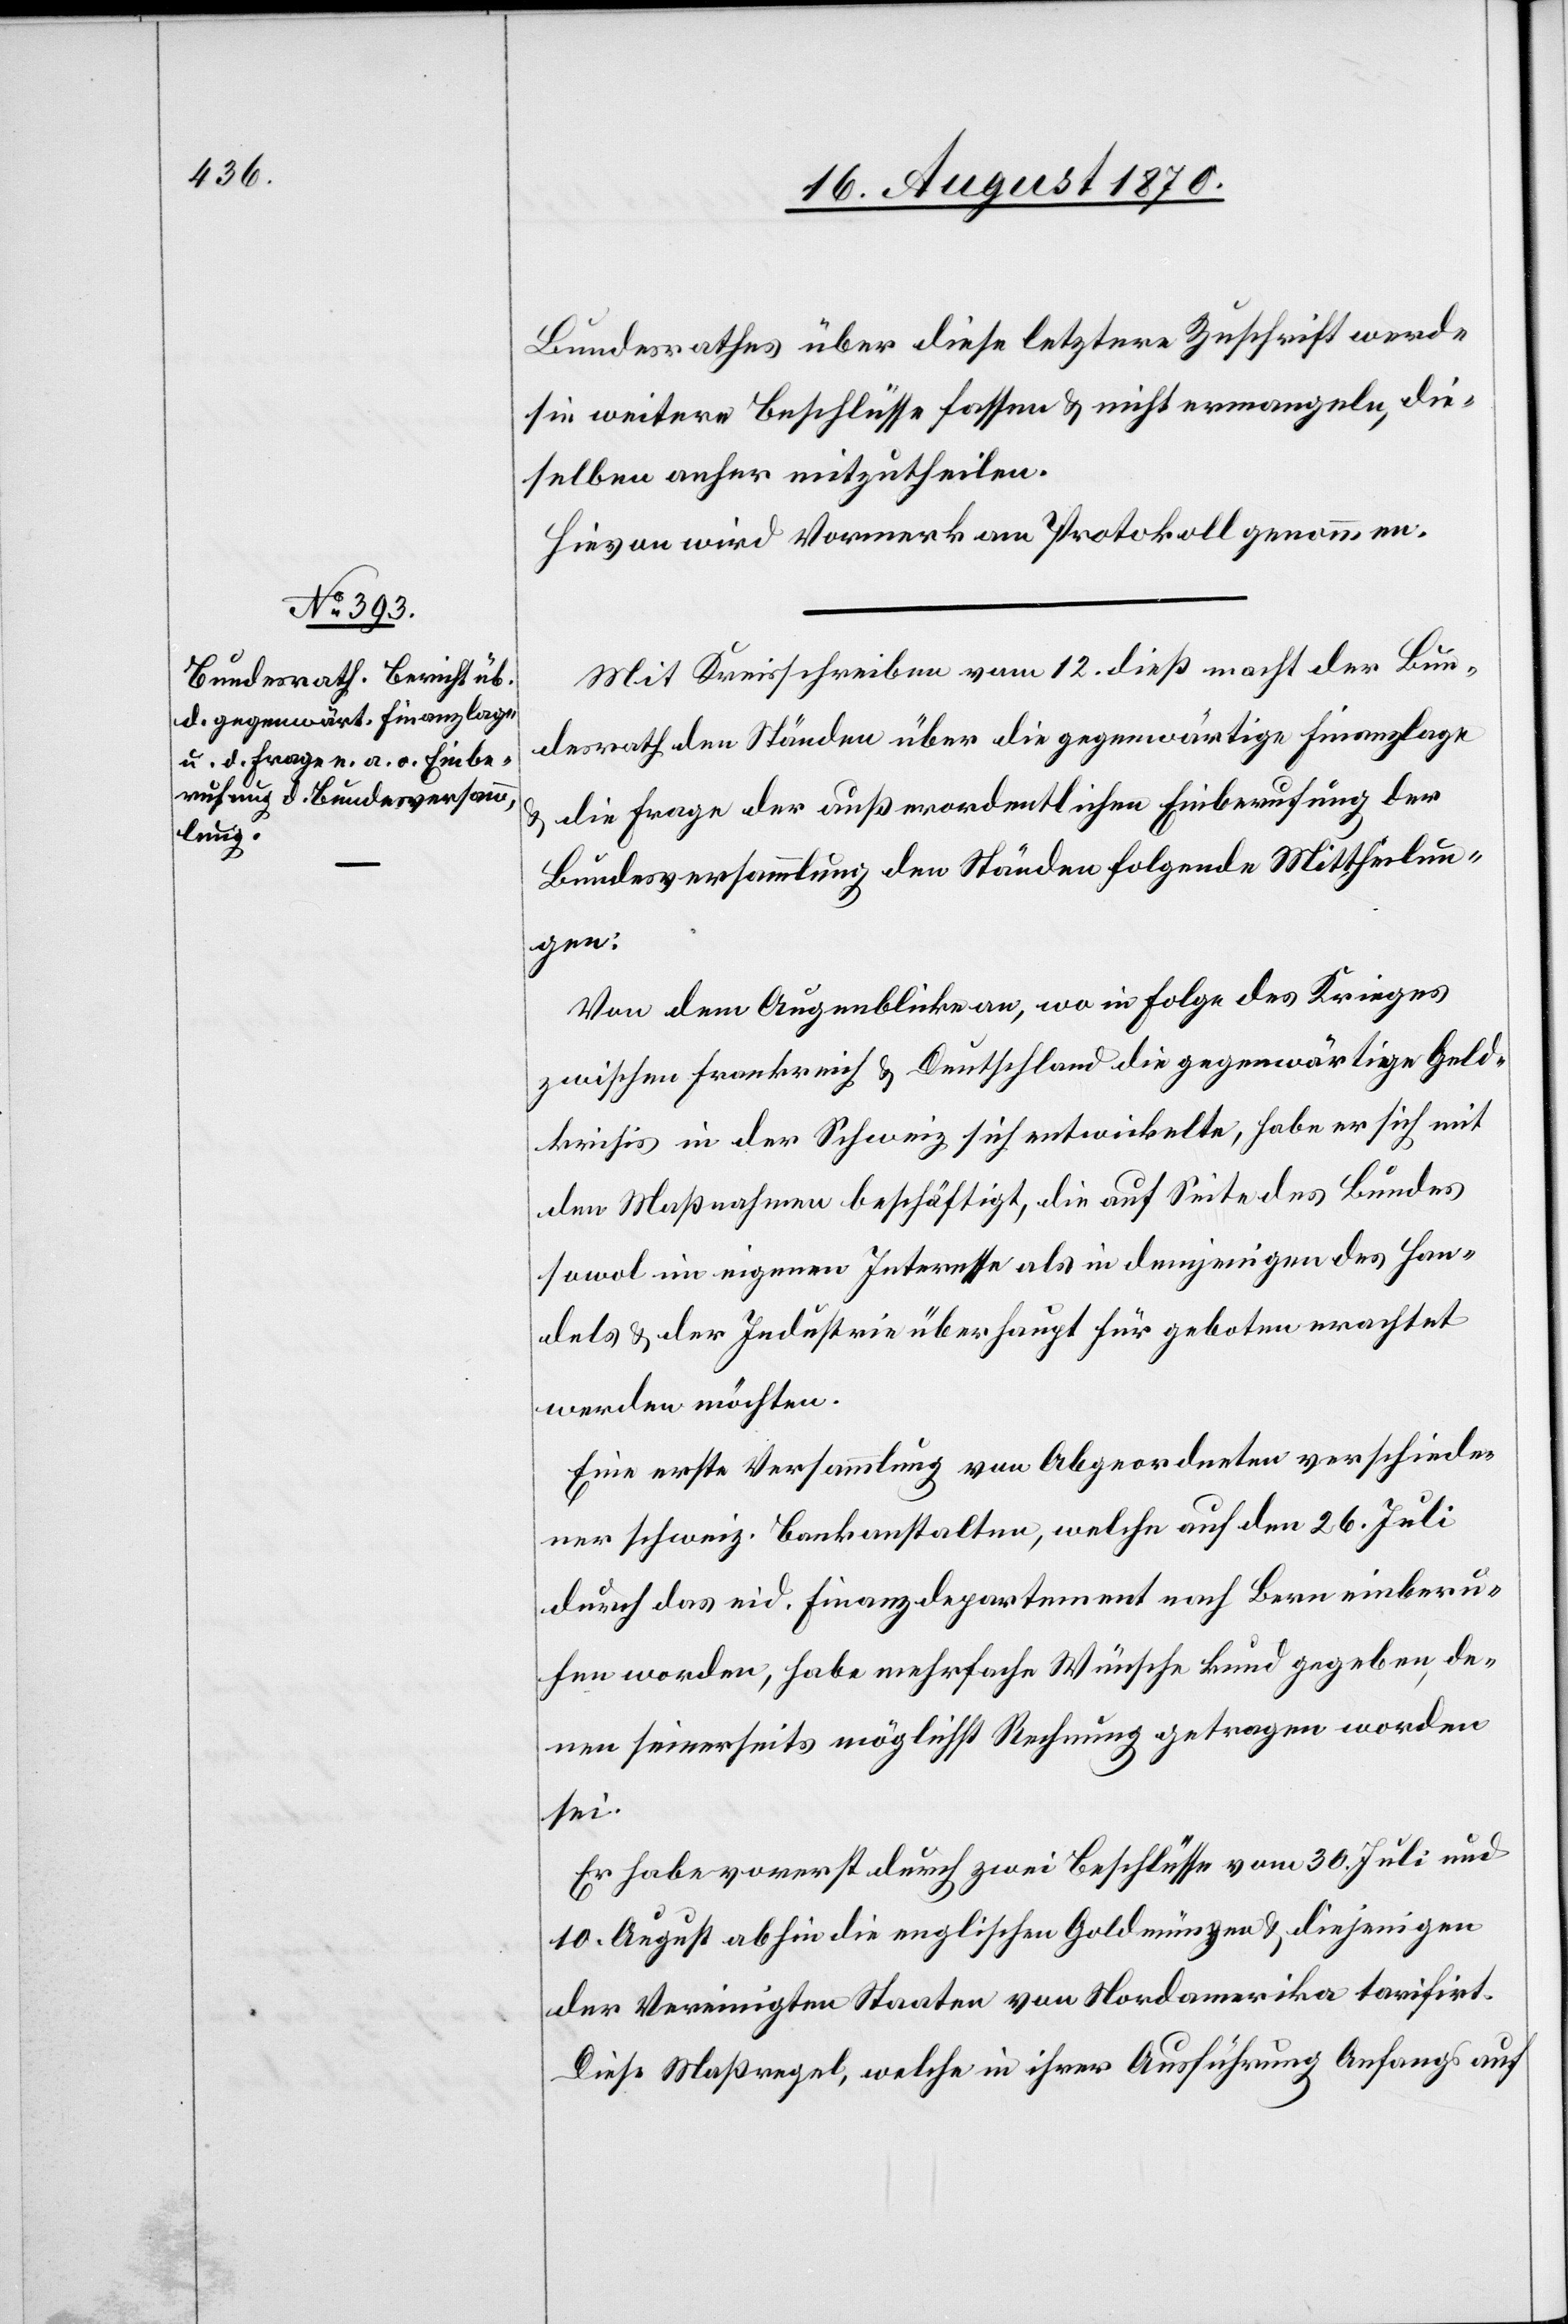
Bundesrathes über diese letztere Zuschrift werde
sie weitere Beschlüsse fassen & nicht ermangeln, die¬
selben anher mitzutheilen.
Hievon wird Vormerk am Protokoll genommen.
Mit Kreisschreiben vom 12. dieß macht der Bun¬
desrath den Ständen über die gegenwärtige Finanzlage
& die Frage der außerordentlichen Einberufung der
Bundesversammlung den Ständen [sic!] folgende Mittheilun¬
g:
Von dem Augenblicke an, wo in Folge des Krieges
zwischen Frankreich und Deutschland die gegenwärtige Geld¬
krisis in der Schweiz sich entwickelte, habe er sich mit
den Maßnahmen beschäftigt, die auf Seite des Bundes
sowol im eigenen Interesse als in demjenigen des Han¬
dels & der Industrie überhaupt für geboten erachtet
werden möchten.
Eine erste Versammlung von Abgeordneten verschiede¬
ner schweiz. Bankanstalten, welche auf den 26. Juli
durch das eid. Finanzdepartement nach Bern einberu¬
fen worden, habe mehrfache Wünsche kund gegeben, de¬
nen seinerseits möglichst Rechnung getragen worden
sei.
Er habe vorerst durch zwei Beschlüsse vom 30. Juli und
10. August abhin die englischen Goldmünzen & diejenigen
der Vereinigten Staaten von Nordamerika tarifirt.
Diese Maßregel, welch in ihrer Ausführung Anfangs auf